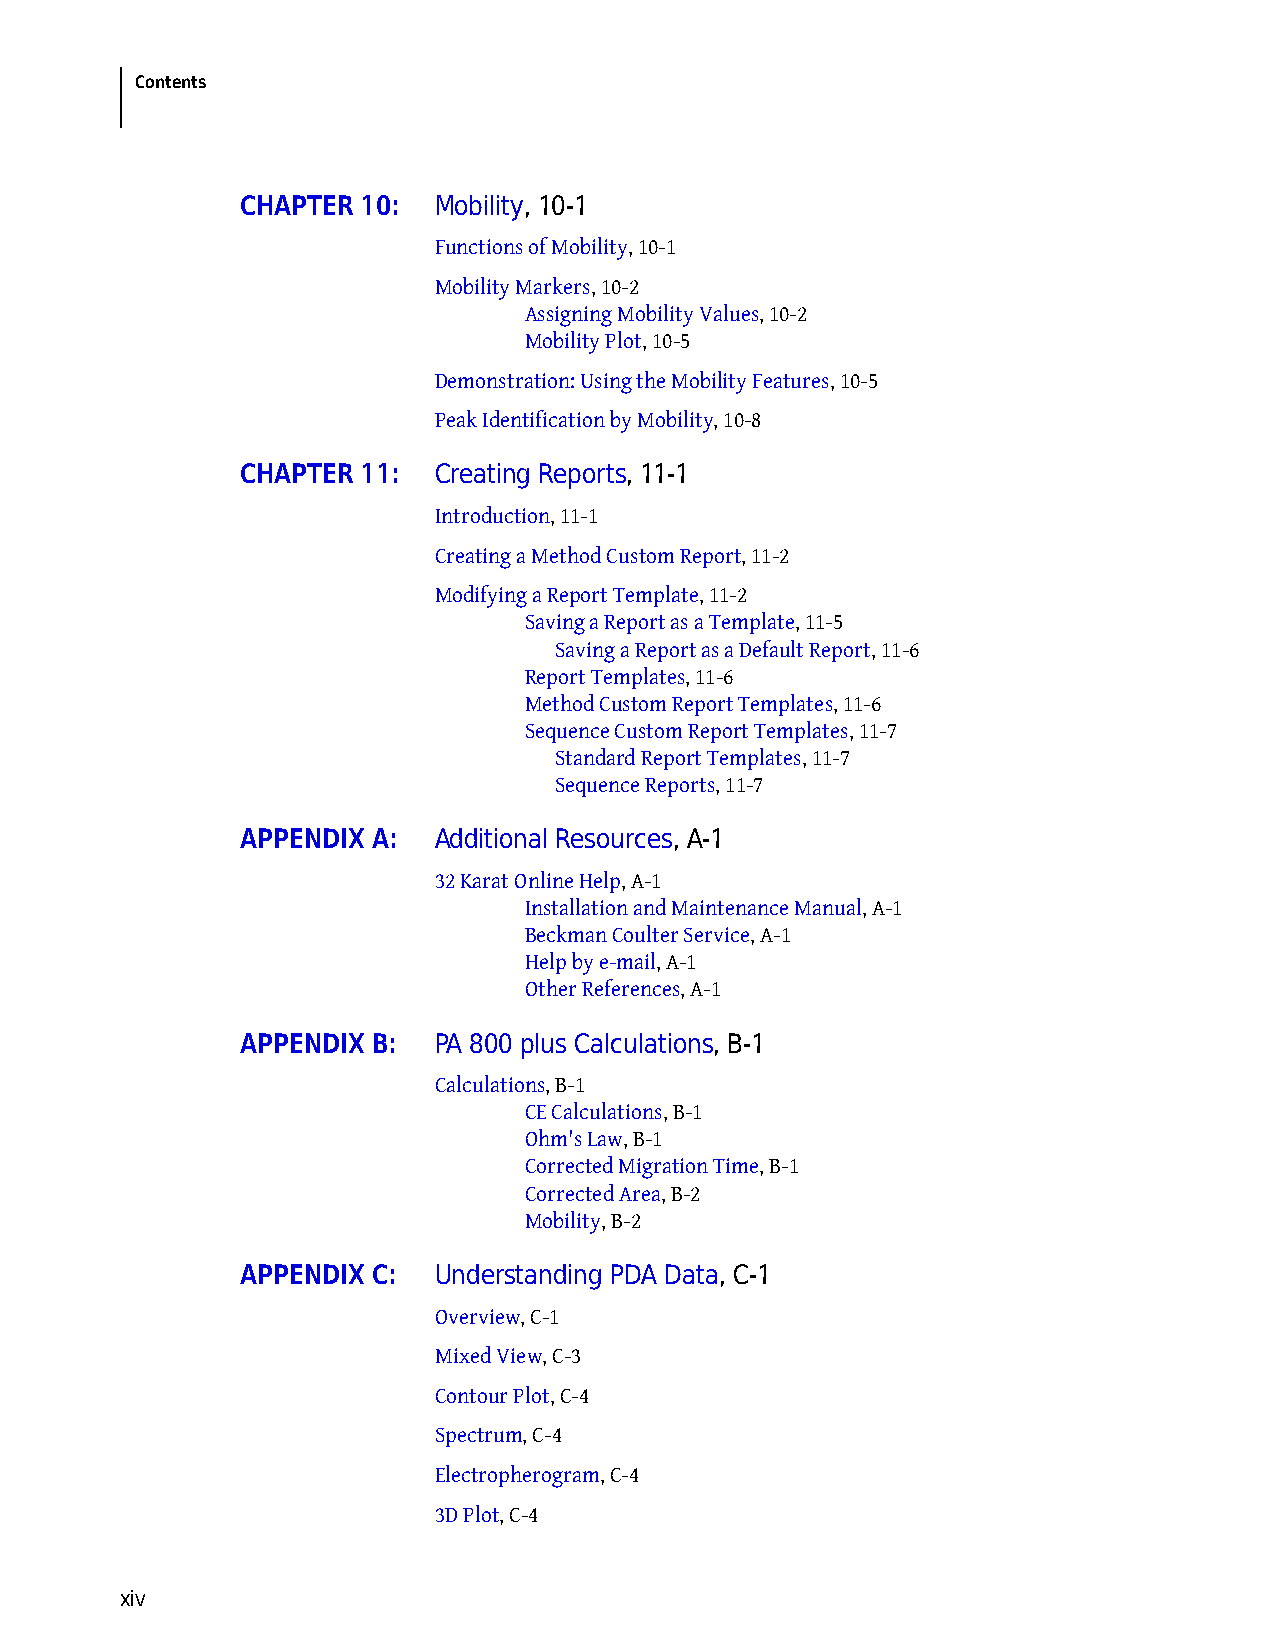
Contents
 CHAPTER 10:  Mobility, 10-1
 Functions of Mobility, 10-1
 Mobility Markers, 10-2
 Assigning Mobility Values, 10-2
 Mobility Plot, 10-5
 Demonstration: Using the Mobility Features, 10-5
 Peak Identification by Mobility, 10-8
 CHAPTER 11:  Creating Reports, 11-1
 Introduction, 11-1
 Creating a Method Custom Report, 11-2
 Modifying a Report Template, 11-2
 Saving a Report as a Template, 11-5
 Saving a Report as a Default Report, 11-6
 Report Templates, 11-6
 Method Custom Report Templates, 11-6
 Sequence Custom Report Templates, 11-7
 Standard Report Templates, 11-7
 Sequence Reports, 11-7
 APPENDIX A:  Additional Resources, A-1
 32 Karat Online Help, A-1
 Installation and Maintenance Manual, A-1
 Beckman Coulter Service, A-1
 Help by e-mail, A-1
 Other References, A-1
 APPENDIX B:  PA 800 plus Calculations, B-1
 Calculations, B-1
 CE Calculations, B-1
 Ohm's Law, B-1
 Corrected Migration Time, B-1
 Corrected Area, B-2
 Mobility, B-2
 APPENDIX C:  Understanding PDA Data, C-1
 Overview, C-1
 Mixed View, C-3
 Contour Plot, C-4
 Spectrum, C-4
 Electropherogram, C-4
 3D Plot, C-4
 xiv